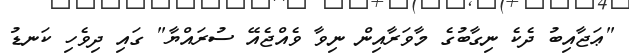
"ޢަޖާއިބު ދެކެ ނިގާބުގެ މާވަރާއިން ނިވާ ވެއްޖެއޭ ސުރައްޔާ" ގައި ދިވެހި ކަނޑު